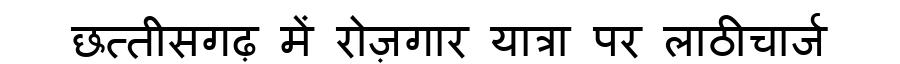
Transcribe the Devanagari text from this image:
छत्तीसगढ़ में रोज़गार यात्रा पर लाठीचार्ज